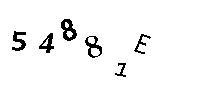
54881E